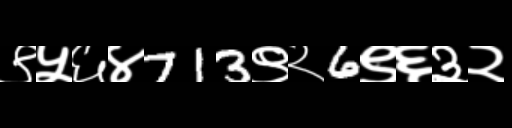
Text: ९५६४713९२6९६३२